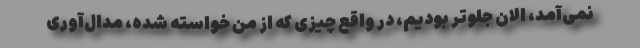
نمی‌آمد، الان جلوتر بودیم، در واقع چیزی که از من خواسته شده، مدال‌آوری